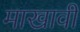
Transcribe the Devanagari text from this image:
माखावी